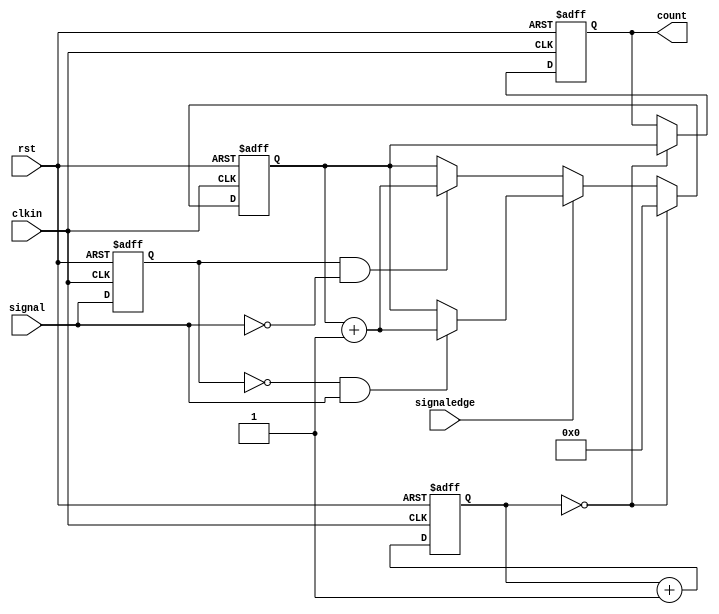
// ---------------------------------------------------------------------------
//
// frequency counter module
//
//	
//
// Written by Chris van Dongen/SMDprutser for the buspirate NextGen Ultra
//
// ---------------------------------------------------------------------------

module freqcount (
rst,
clkin,

signaledge,			// trigger on posedge (1) or neg edge (0)

signal,				// signal to count
count,				// we counted count cycles
);

input rst;
input clkin;
input signaledge;
input signal;
output reg [15:0] count;
reg [15:0] internalcount;
reg [15:0] clockcount;

reg signal_last;

always @(posedge clkin or posedge rst)
if (rst)
begin
	signal_last <= 1'b0;
	internalcount <= 16'b0;
	clockcount <= 16'b0;
	count <= 16'b0;
end
else
begin
	if (signaledge == 1'b0)						// count negative edge
	begin
		if((signal_last == 1'b1)&&(signal == 1'b0))
		begin
			internalcount <= internalcount + 1;
		end
	end
	else										// count positive edge
	begin
		if((signal_last == 1'b0)&&(signal == 1'b1))
		begin
			internalcount <= internalcount + 1;
		end
	end
	
	signal_last <= signal;						// synchronize

	clockcount <= clockcount + 1;				// update clockcounter

	if (clockcount == 16'b0)					// we counted 65536 for clockcycles
	begin
		count <= internalcount;
		internalcount <= 0;
	end
end

endmodule